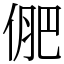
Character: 俷